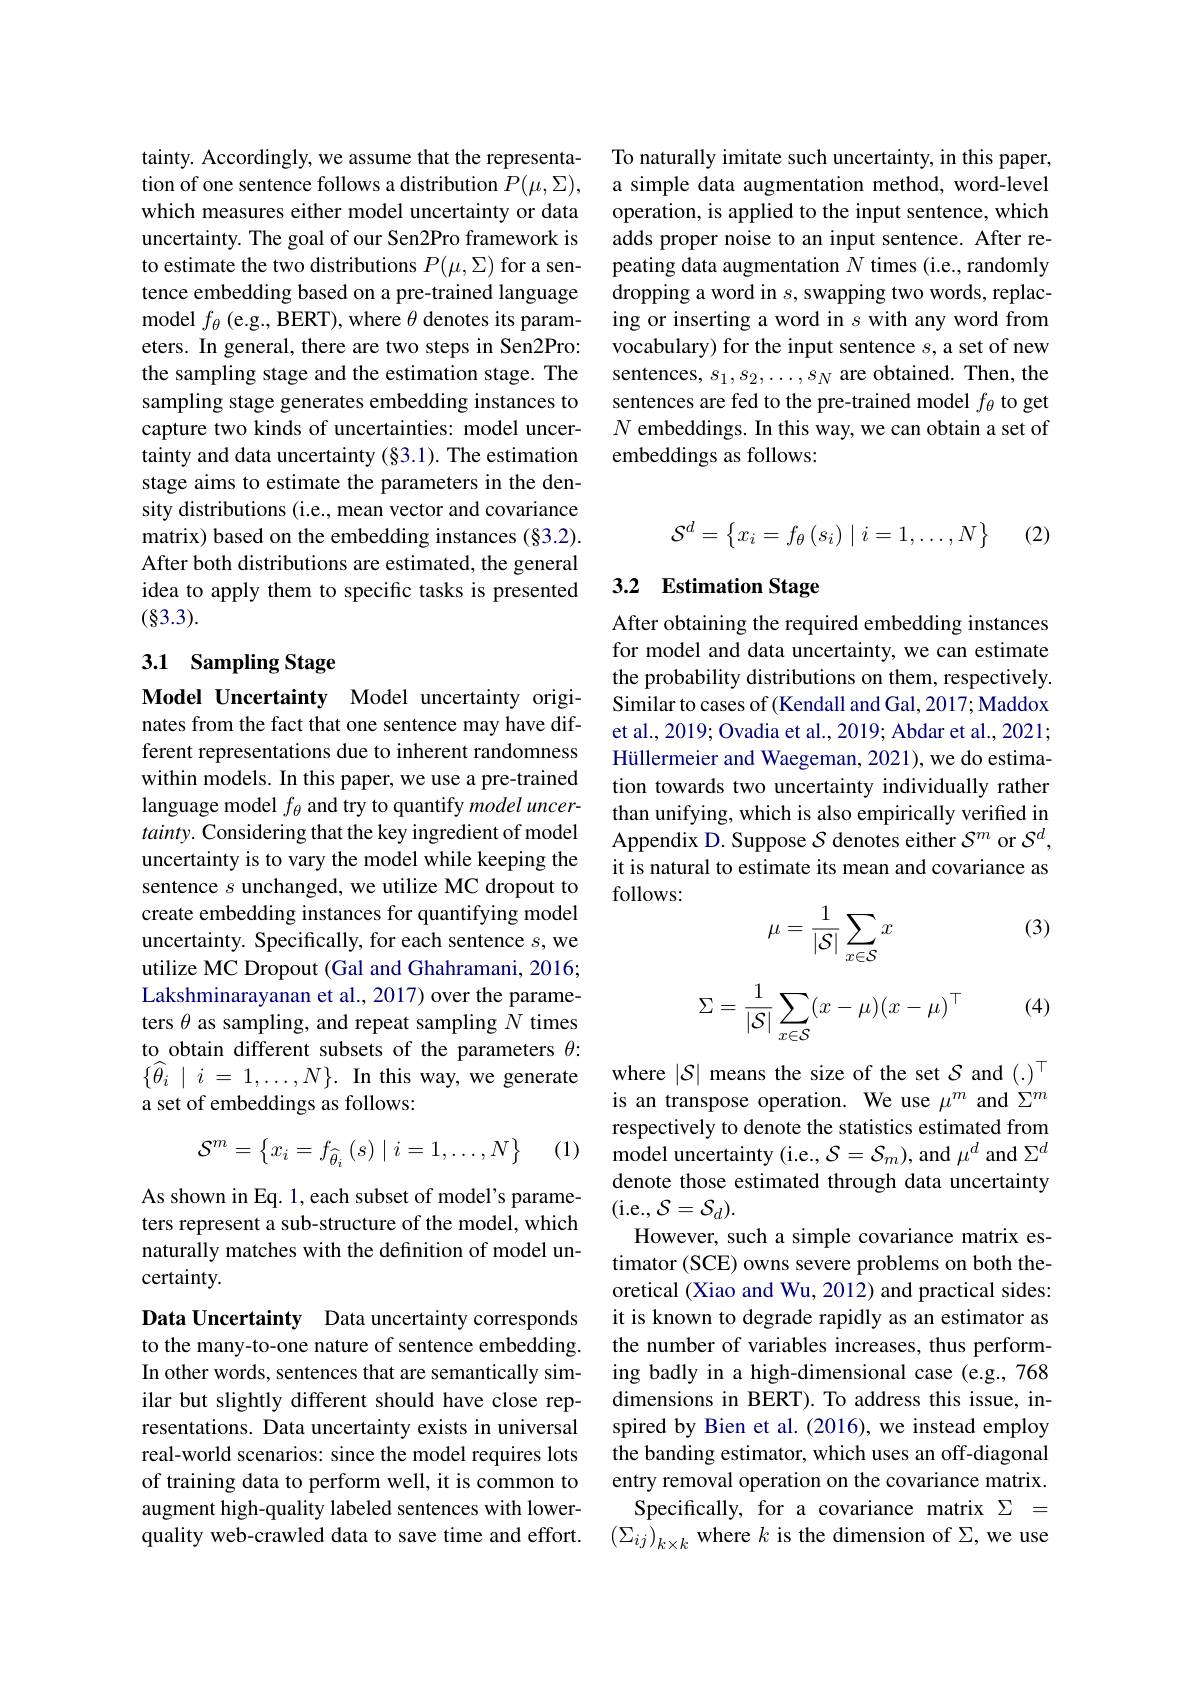
tainty. Accordingly, we assume that the representation of one sentence follows a distribution $P(\mu,\Sigma)$, which measures either model uncertainty or data uncertainty. The goal of our Sen2Pro framework is to estimate the two distributions $P(\mu,\Sigma)$ for a sentence embedding based on a pre-trained language model $f_\theta$ (e.g., BERT), where $\theta$ denotes its parameters. In general, there are two steps in Sen2Pro: the sampling stage and the estimation stage. The sampling stage generates embedding instances to capture two kinds of uncertainties: model uncertainty and data uncertainty (§3.1). The estimation stage aims to estimate the parameters in the density distributions (i.e., mean vector and covariance matrix) based on the embedding instances (§3.2). After both distributions are estimated, the general idea to apply them to specific tasks is presented (83.3).

## 3.1 Sampling Stage

Model Uncertainty Model uncertainty originates from the fact that one sentence may have different representations due to inherent randomness within models. In this paper, we use a pre-trained language model $f_\theta$ and try to quantify model uncertainty. Considering that the key ingredient of model uncertainty is to vary the model while keeping the sentence $s$ unchanged, we utilize MC dropout to create embedding instances for quantifying model uncertainty. Specifically, for each sentence $s$, we utilize MC Dropout (Gal and Ghahramani, 2016; Lakshminarayanan et al., 2017) over the parameters $\theta$ as sampling, and repeat sampling $N$ times to obtain different subsets of the parameters $\theta:$ $\{ \widehat{\theta } _i\mid i$ = $1, \ldots , N\} .$ In this way, we generate a set of embeddings as follows:

(1)
$$\mathcal{S}^{m}=\begin{Bmatrix}x_{i}=f_{\widehat{\theta}_{i}}\left(s\right)&i=1,\ldots,N\end{Bmatrix}$$
As shown in Eq. 1, each subset of model's parameters represent a sub-structure of the model, which naturally matches with the definition of model uncertainty.

Data Uncertainty Data uncertainty corresponds to the many-to-one nature of sentence embedding. In other words, sentences that are semantically similar but slightly different should have close representations. Data uncertainty exists in universal real-world scenarios: since the model requires lots of training data to perform well, it is common to augment high-quality labeled sentences with lowerquality web-crawled data to save time and effort.

To naturally imitate such uncertainty, in this paper, a simple data augmentation method, word-level operation, is applied to the input sentence, which adds proper noise to an input sentence. After repeating data augmentation $N$ times (i.e., randomly dropping a word in $s$, swapping two words, replacing or inserting a word in $s$ with any word from vocabulary) for the input sentence $s$, a set of new sentences, $s_1,s_2,\ldots,s_N$ are obtained. Then, the sentences are fed to the pre-trained model $f_\theta$ to get $N$ embeddings. In this way, we can obtain a set of embeddings as follows:
$$\mathcal{S}^d=\begin{Bmatrix}x_i=f_\theta\left(s_i\right)\mid i=1,\dots,N\end{Bmatrix}$$
(2)

## 3.2 Estimation Stage

After obtaining the required embedding instances for model and data uncertainty, we can estimate the probability distributions on them, respectively Similar to cases of (Kendall and Gal, 2017; Maddox et al., 2019; Ovadia et al., 2019; Abdar et al., 2021; Hüllermeier and Waegeman, 2021), we do estimation towards two uncertainty individually rather than unifying, which is also empirically verified in Appendix D. Suppose $S$ denotes either $S^m$ or $\mathcal{S}^d$, it is natural to estimate its mean and covariance as follows:
$$\mu=\frac{1}{|\mathcal{S}|}\sum_{x\in\mathcal{S}}x$$
(3)
$$\Sigma=\dfrac{1}{|\mathcal{S}|}\sum_{x\in\mathcal{S}}(x-\mu)(x-\mu)^\top $$
(4)

where $|\mathcal{S}|$ means the size of the set $\mathcal{S}$ and $(.)^\top$ is an transpose operation. We use $\mu^m$ and $\Sigma^m$ respectively to denote the statistics estimated from $\dot{\text{model uncertainty(i.e.,}\mathcal{S}}=\mathcal{S}_m)$,and $\mu^d$ and $\Sigma^d$ denote those estimated through data uncertainty (i.e.$,\mathcal{S}=\mathcal{S}_d).$
However, such a simple covariance matrix estimator (SCE) owns severe problems on both theoretical (Xiao and Wu, 2012) and practical sides: it is known to degrade rapidly as an estimator as the number of variables increases, thus performing badly in a high-dimensional case (e.g., 768 dimensions in BERT). To address this issue, inspired by Bien et al.(2016), we instead employ the banding estimator, which uses an off-diagonal entry removal operation on the covariance matrix.
Specifically, for a covariance matrix $\Sigma=$ $\left(\Sigma_{ij}\right)_{k\times k}$ where $k$ is the dimension of $\Sigma$,we use